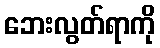
ဘေးလွတ်ရာကို